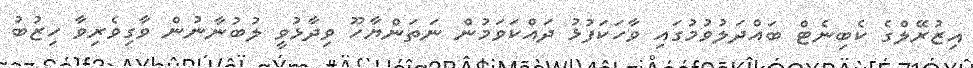
އިޒުރޭލްގެ ކެބިނެޓް ބައްދަލުވުމުގައި ވާހަކަފުޅު ދައްކަވަމުން ނަތަންޔާހޫ ވިދާޅުވީ ލުބުނާނުން ވާގިވެރިވާ ހިޒުބު